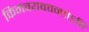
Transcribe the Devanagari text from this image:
किमवयववन्तोऽपि